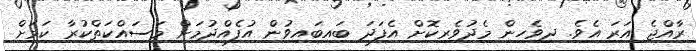
ރާއްޖެ އަރަ އެވެ. ދިވެހިން މެދުވެރިކޮށް އެފަދަ ބައިބައިވުން އުފެއްދުމަށް މަސައްކަތްކުރާ ކަމަށް